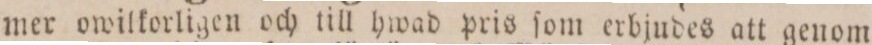
mer owilkorligen och till hwad pris ſom erbjudes att genom